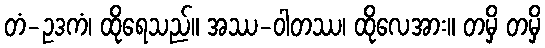
တံ-ဥဒကံ၊ ထိုရေသည်။ အဿ-ဝါတဿ၊ ထိုလေအား။ တမှိ တမှိ